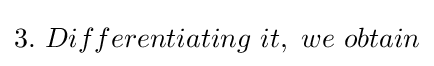
\textstyle 3.\ Differentiating\ it,\ we\ obtain